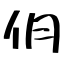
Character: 仴